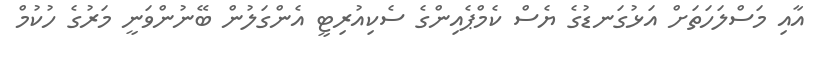
އާއި މަސްލަހަތަށް އަޅުގަނޑުގެ ޔެސް ކެމްޕެއިންގެ ސެކިއުރިޓީ އެންގަލުން ބޭނުންވަނީ މަރުގެ ހުކުމް